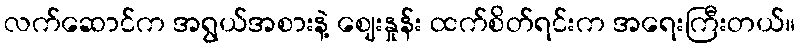
လက်ဆောင်က အရွယ်အစားနဲ့ ဈေးနှုန်း ထက်စိတ်ရင်းက အရေးကြီးတယ်။